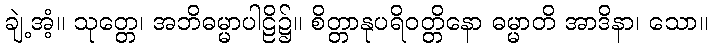
ချဲ့အံ့။ သုတ္တေ၊ အဘိဓမ္မာပါဠိ၌။ စိတ္တာနုပရိဝတ္တိနော ဓမ္မာတိ အာဒိနာ၊ သော။